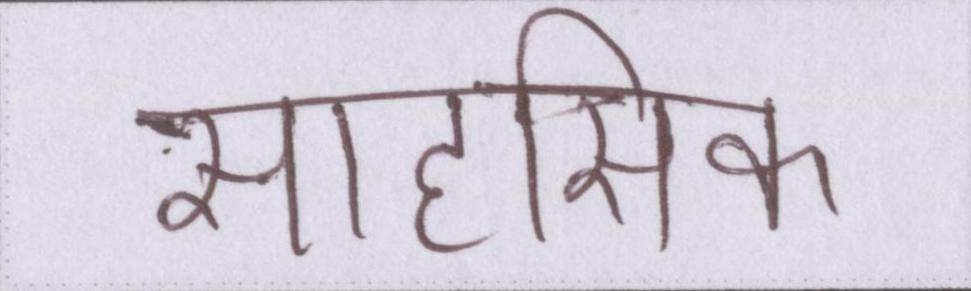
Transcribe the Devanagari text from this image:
साहसिक